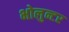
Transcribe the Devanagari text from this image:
भोलुन्टर